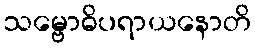
သမ္ဗောဓိပရာယနောတိ